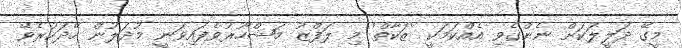
މީގޭ ދަލީލަކަށް ނެންގެވި އެއްކަމަކީ 'ޒަކާތް' މި ލަފްޒު މަޝްހޫރުވެފައިވަނީ މުދަލުން ހޭދަކުރެވޭ